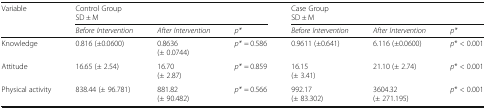
<table><thead><tr><td rowspan="2"><b>Variable</b></td><td colspan="3"><b>Control GroupSD ± M</b></td><td colspan="3"><b>Case GroupSD ± M</b></td></tr><tr><td><b><i>Before Intervention</i></b></td><td><b><i>After Intervention</i></b></td><td><b><i>p*</i></b></td><td><b><i>Before Intervention</i></b></td><td><b><i>After Intervention</i></b></td><td><b><i>p*</i></b></td></tr></thead><tbody><tr><td>Knowledge</td><td>0.816 (±0.0600)</td><td>0.8636(± 0.0744)</td><td><i>p*</i> = 0.586</td><td>0.9611 (±0.641)</td><td>6.116 (±0.0600)</td><td><i>p</i>* &lt; 0.001</td></tr><tr><td>Attitude</td><td>16.65 (± 2.54)</td><td>16.70(± 2.87)</td><td><i>p*</i> = 0.859</td><td>16.15(± 3.41)</td><td>21.10 (± 2.74)</td><td><i>p</i>* &lt; 0.001</td></tr><tr><td>Physical activity</td><td>838.44 (± 96.781)</td><td>881.82(± 90.482)</td><td><i>p*</i> = 0.566</td><td>992.17(± 83.302)</td><td>3604.32(± 271.195)</td><td><i>p</i>* &lt; 0.001</td></tr></tbody></table>